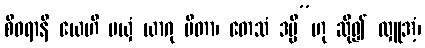
စီဝရာနိ ယေဟိ မယှံ ယာဂု ပီတာ၊ တေသံ ဒမ္မိ”ဟု ဆို၍ လှူအံ့၊